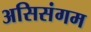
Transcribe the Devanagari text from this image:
असिसंगम